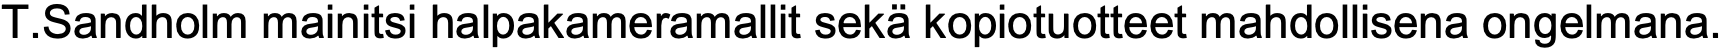
T.Sandholm mainitsi halpakameramallit sekä kopiotuotteet mahdollisena ongelmana.